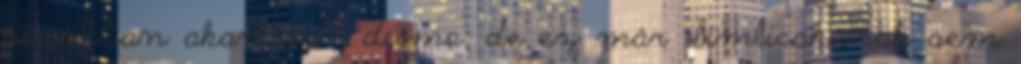
ócsóbban akartam " duma, de ez már Simlicskának sem